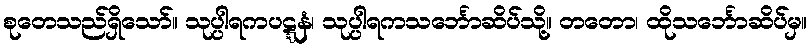
စုတေသည်ရှိသော်။ သုပ္ပါရကပဋ္ဋနံ၊ သုပ္ပါရကသင်္ဘောဆိပ်သို့။ တတော၊ ထိုသင်္ဘောဆိပ်မှ။